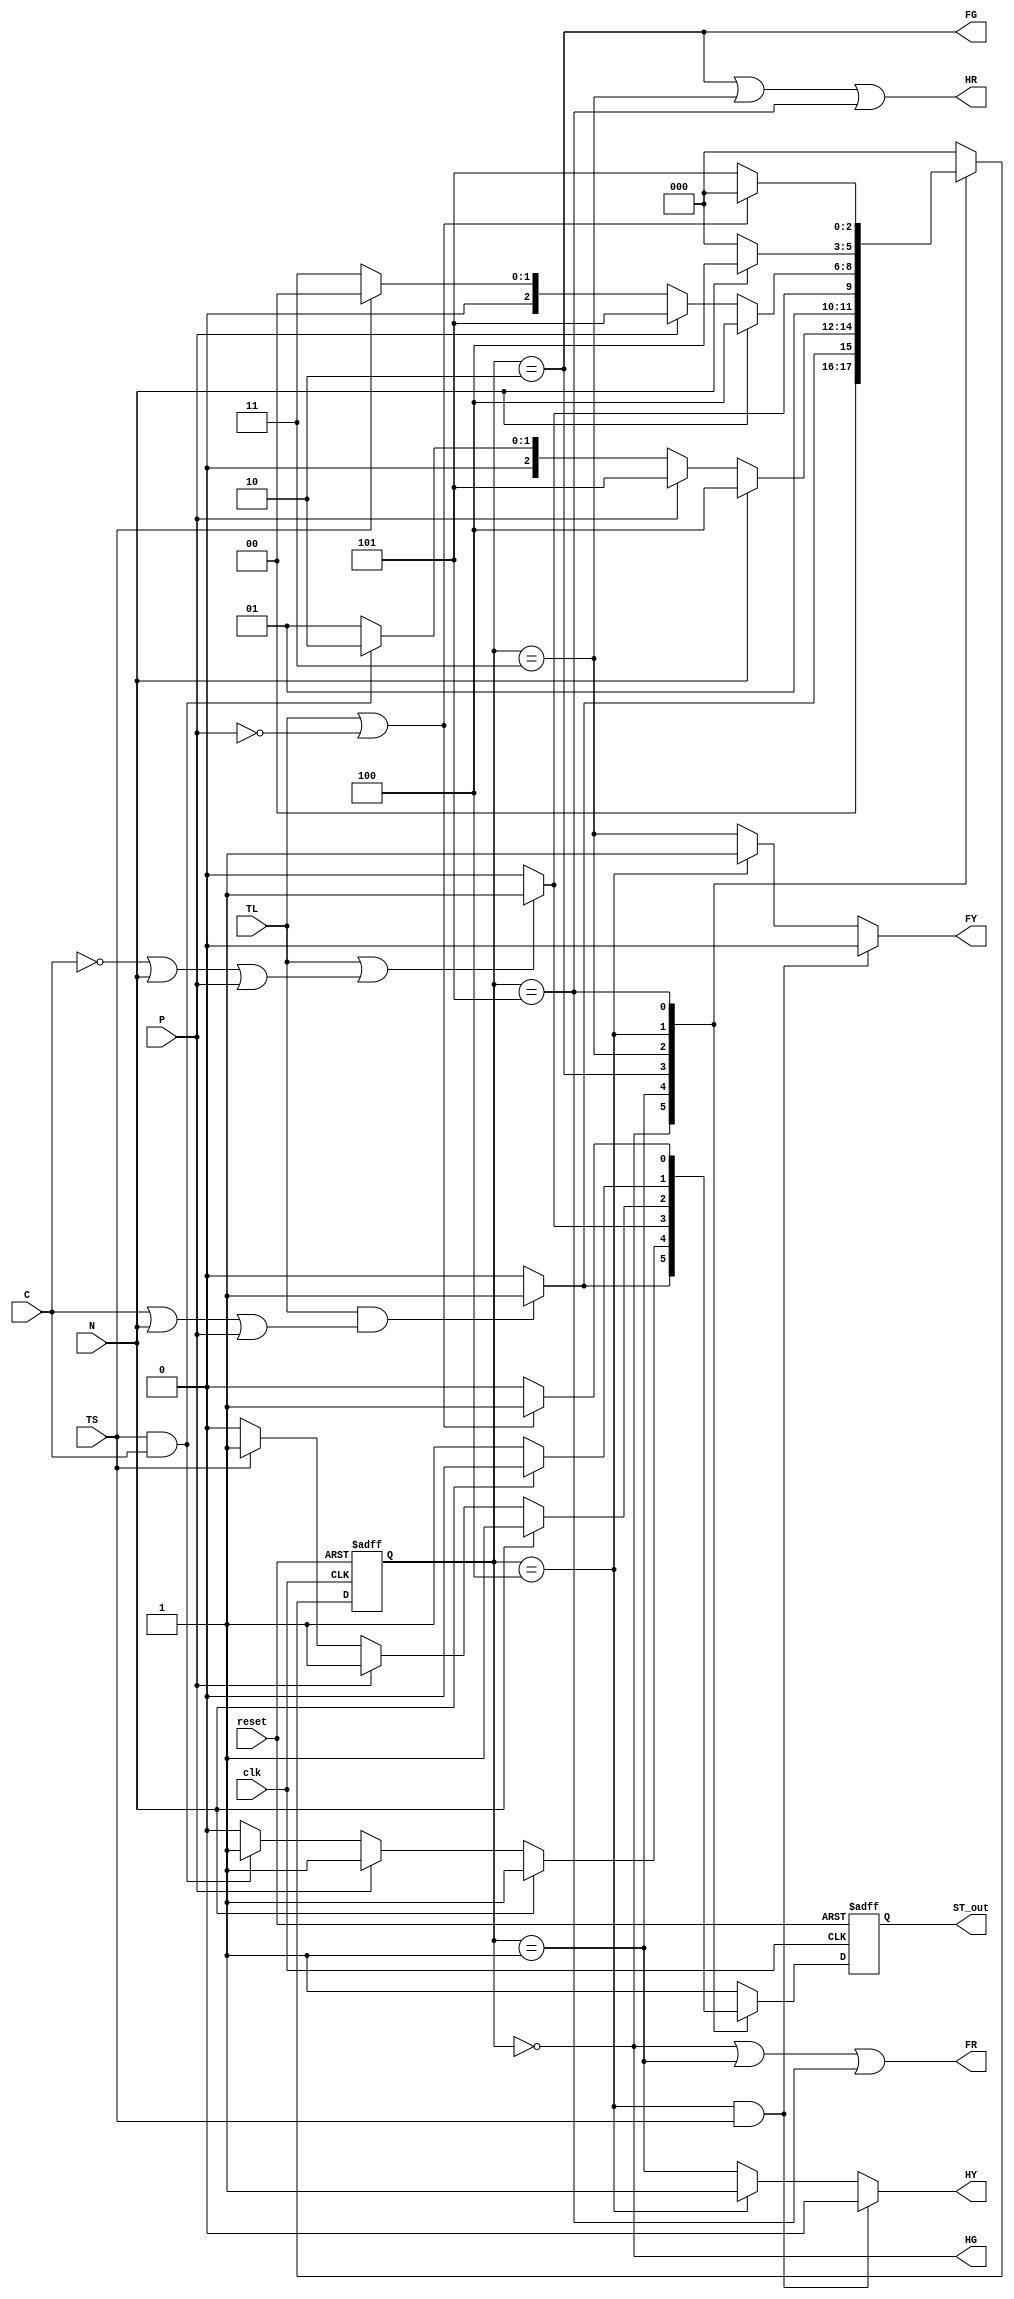
`timescale 1ns / 100ps
module traffic_light(HG,HY,HR,FG,FY,FR,ST_out,TL,TS,clk,reset,C,N,P);
output HG,HY,HR,FG,FY,FR,ST_out;
input TL,TS,clk,reset,C,N,P;
reg HY,FY,ST_out,ST; // Start timer, similar to state and next_state
reg[0:2] state,next_state;

parameter S0=3'b000,S1=3'b001,S2=3'b010,S3=3'b011,S4=3'b100,S5=3'b101;
assign HG=(state==S0);
assign HR=((state==S2)||(state==S3)||(state==S5));
assign FG=(state==S2);
assign FR=((state==S0)||(state==S1)||(state==S5));

always @(state or TS)
	if((state==S4)&TS) begin
		HY=0;
		FY=0;
	end
	else if(state==S4) begin
		HY=1;
		FY=1;
	end
	else begin
		HY=(state==S1);
		FY=(state==S3);
	end

// flip-flops
always @(posedge clk or posedge reset)
	if(reset) // an asynchronous reset
	begin
		state<=S0;
		ST_out<=1;
	end
	else begin
		state<=next_state;
		ST_out<=ST;
	end

// Combinational circuit
always @(state or C or N or P or TL or TS)
	case(state) // state transition
	S0:if(TL&(C|N|P)) begin
			next_state=S1;
			ST=1;
		end
		else begin
			next_state=S0;
			ST=0;
		end
	S1:if(N) begin
			next_state=S4;
			ST=1;
		end
		else if(P) begin
			next_state=S5;
			ST=1;
		end
		else if(TS&C) begin
			next_state=S2;
			ST=1;
		end
		else begin
			next_state=S1;
			ST=0;
		end
	S2:if(TL|(!C|N|P)) begin
			next_state=S3;
			ST=1;
		end
		else begin
			next_state=S2;
			ST=0;
		end
	S3:if(N) begin
			next_state=S4;
			ST=1;
		end
		else if(P) begin
			next_state=S5;
			ST=1;
		end
		else if(TS) begin
			next_state=S0;
			ST=1;
		end
		else begin
			next_state=S3;
			ST=0;
		end
	S4:if(!N) begin
			next_state=S0;
			ST=1;
		end
		else begin
			next_state=S4;
			ST=0;
		end
	S5:if(TL|!P) begin
			next_state=S0;
			ST=1;
		end
		else begin
			next_state=S5;
			ST=0;
		end
	default: begin
		next_state=S0;
		ST=1;
	end
	endcase
endmodule